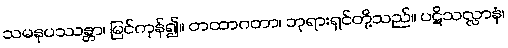
သမနုပဿန္တာ၊ မြင်ကုန်၍။ တထာဂတာ၊ ဘုရားရှင်တို့သည်။ ပဋိသလ္လာနံ၊